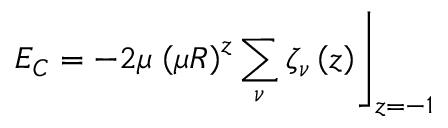
E _ { C } = - 2 \mu \left. \left( \mu R \right) ^ { z } \sum _ { \nu } \zeta _ { \nu } \left( z \right) \right\rfloor _ { z = - 1 }